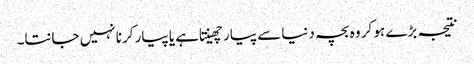
نتیجہ بڑے ہو کر وہ بچہ دنیا سے پیار چھینتا ہے یا پیار کرنا نہیں جانتا۔